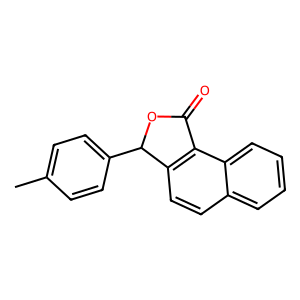
SMILES: Cc1ccc(C2OC(=O)c3c2ccc2ccccc32)cc1
Inhibits HIV replication: No